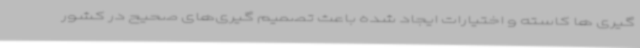
گیری ها کاسته و اختیارات ایجاد شده باعث تصمیم گیری‌های صحیح در کشور